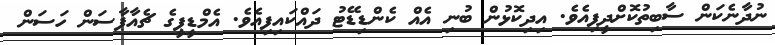
ނުދާނެކަން ސާބިތުކޮށްދީފިއެވެ. އިދިކޮޅުން ބުނި އެއް ކެންޑިޑޭޓު ދައްކައިފިއެވެ. އެމްޑީޕީގެ ޗެއާޕާސަން ހަސަން